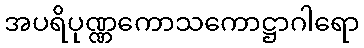
အပရိပုဏ္ဏကောသကောဋ္ဌာဂါရော